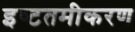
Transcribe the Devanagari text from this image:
इष्‍टतमीकरण